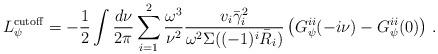
LaTeX: \begin{align*}L^{{\rm cutoff}}_\psi = - \frac{1}{2} \int \frac{d\nu}{2\pi}\sum_{i=1}^2 \frac{\omega^3}{\nu^2} \frac{v_i \bar\gamma_i^2}{\omega^2 \Sigma((-1)^i \bar R_i)}\left( G^{ii}_\psi(-i\nu) - G^{ii}_\psi(0) \right) \,.\end{align*}